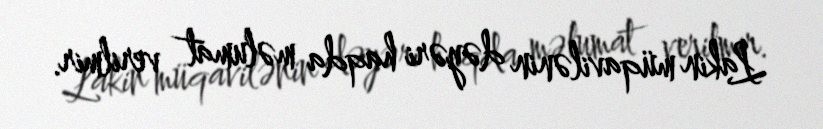
Lakin müqavilənin dəyəri haqda məlumat verilmir.